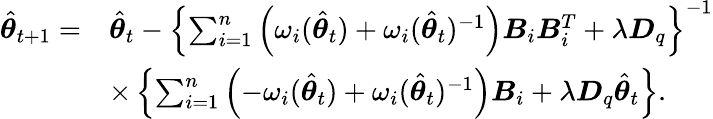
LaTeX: \begin{array}{rl}{\hat{\boldsymbol{\theta}}_{t+1}=}&{\hat{\boldsymbol{\theta}}_{t}-\left\{ \sum_{i=1}^{n}\left(\omega_{i}(\hat{\boldsymbol{\theta}}_{t})+\omega_{i}(\hat{\boldsymbol{\theta}}_{t})^{-1}\right)\boldsymbol{B}_{i}\boldsymbol{B}_{i}^{T}+\lambda\boldsymbol{D}_{q}\right\} ^{-1}}\\ &{\times\left\{ \sum_{i=1}^{n}\left(-\omega_{i}(\hat{\boldsymbol{\theta}}_{t})+\omega_{i}(\hat{\boldsymbol{\theta}}_{t})^{-1}\right)\boldsymbol{B}_{i}+\lambda\boldsymbol{D}_{q}\hat{\boldsymbol{\theta}}_{t}\right\} .}\end{array}